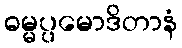
ဓမ္မပ္ပမောဒိတာနံ